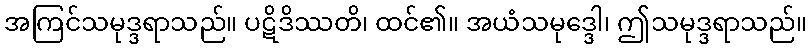
အကြင်သမုဒ္ဒရာသည်။ ပဋိဒိဿတိ၊ ထင်၏။ အယံသမုဒ္ဒေါ၊ ဤသမုဒ္ဒရာသည်။